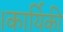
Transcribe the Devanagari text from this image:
।कार्यिकी